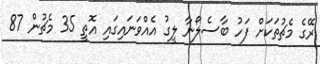
ރޭގެ މެޗުތަކަށް ފަހު ބާސެލޯނާ ލީގު އެއްވަނައިގައި އޮތީ 35 މެޗުން 87